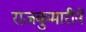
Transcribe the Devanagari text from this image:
राजकुमारीने